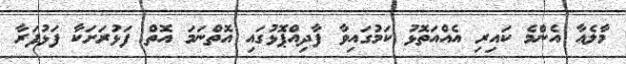
މާލެއާ އެންމެ ކައިރި އެއްއަތޮޅު ކަމުގައިވާ ފާދިއްޕޮޅުގައި އޮތްނަމަ އޮތް ފަޅުރަށަކާ ފަޅުފަރާ